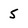
Character: 5